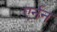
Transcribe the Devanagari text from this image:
एर्नन